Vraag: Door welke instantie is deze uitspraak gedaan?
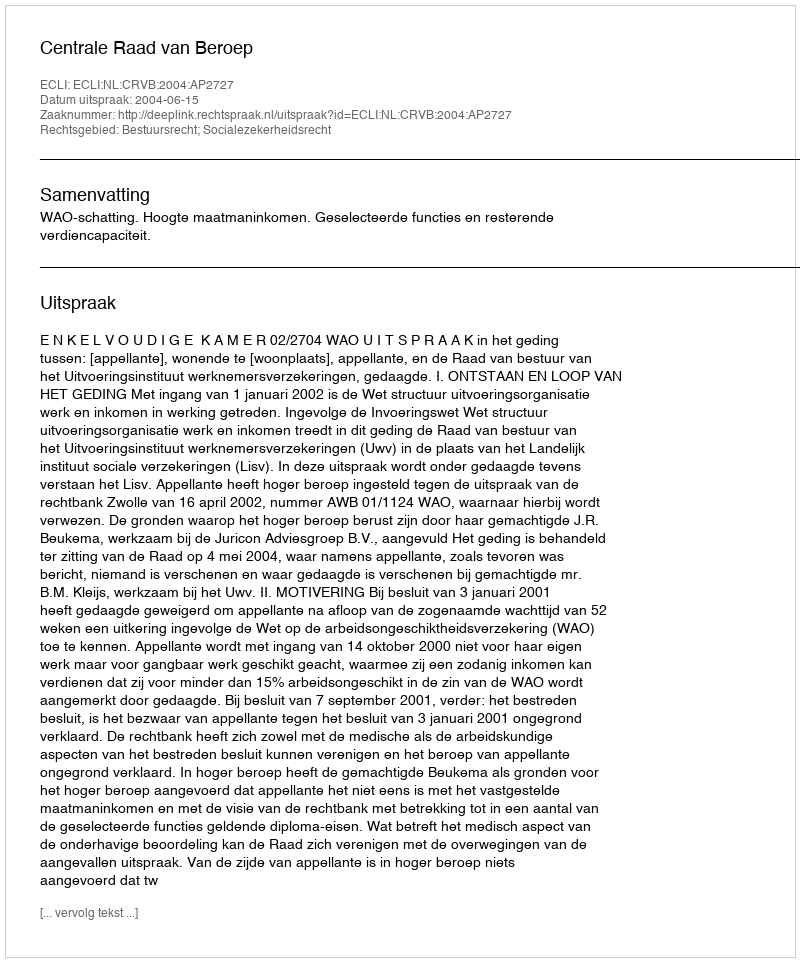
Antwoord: Centrale Raad van Beroep